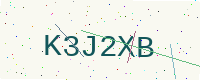
Text: K3J2XB